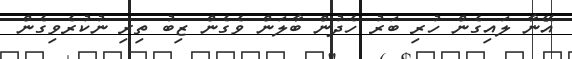
އޭނާ ލައިގެން ހުރި ބަރު ހެދުން ބާލަން ވެގެން ޒިބު ތިރި ނުކުރެވިގެން